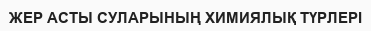
ЖЕР АСТЫ СУЛАРЫНЫҢ ХИМИЯЛЫҚ ТҮРЛЕРІ